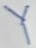
Text: Y